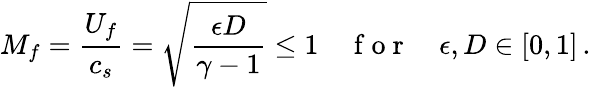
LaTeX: M_{f}=\frac{U_{f}}{c_{s}}=\sqrt{\frac{\epsilon D}{\gamma-1}}\le 1\quad\mathrm{~f~o~r~}\quad\epsilon,D\in[0,1]\, .